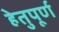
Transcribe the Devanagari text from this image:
हेतुपूर्ण